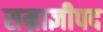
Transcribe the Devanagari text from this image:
सम्राज्ञीपद